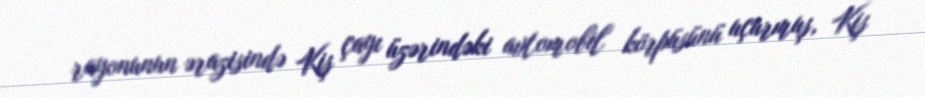
rayonunun ərazisində Kiş çayı üzərindəki avtomobil körpüsünü uçurmuş, Kiş